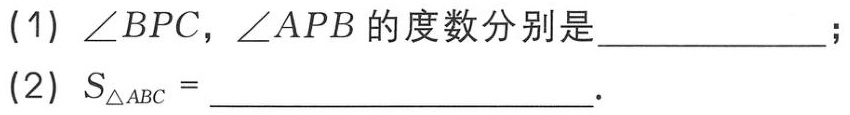
(1) \(\angle BPC,\angle APB\)的度数分别是  ；

(2) \(S_{\triangle ABC}=\)  .